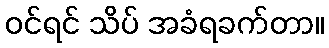
ဝင်ရင် သိပ် အခံရခက်တာ။